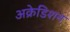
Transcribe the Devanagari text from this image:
अक्रेडिशन